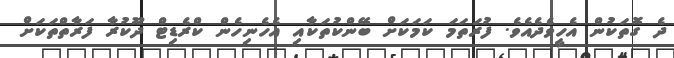
ދެ ގޮތަކުން އެހީވެދެއެވެ. ފުރަތަމަ ކަމަކަށް ބޭންކުތަކާއި އެހެނިހެން ކްރެޑިޓް ދޫކުރާ ފަރާތްތަކަށް